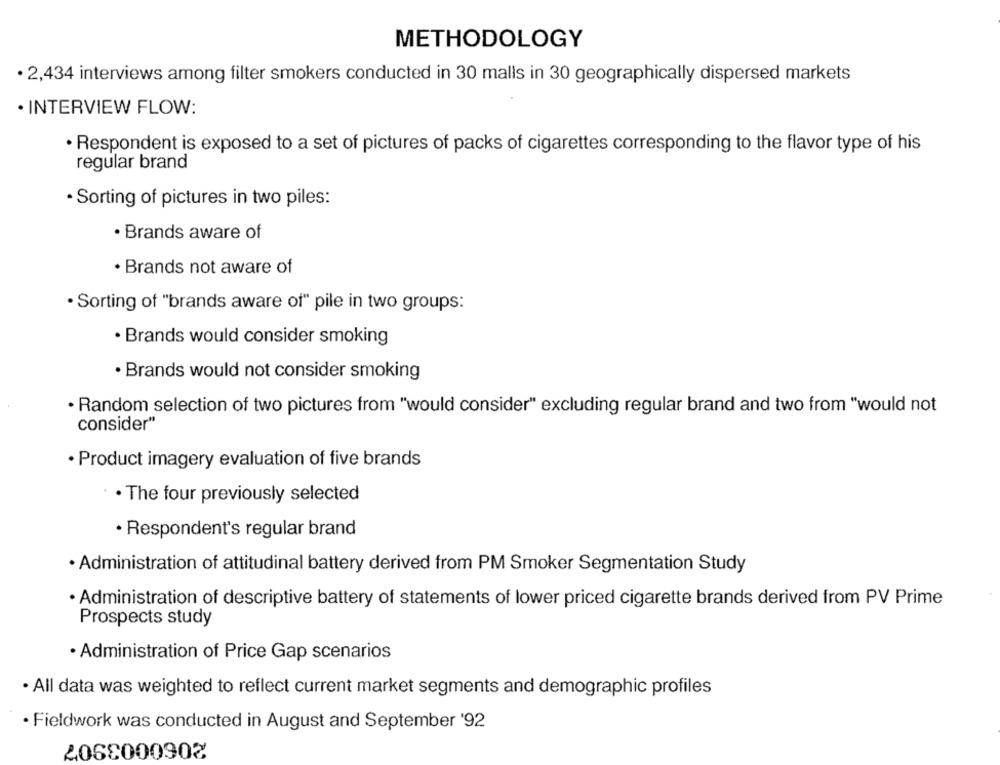
METHODOLOGY
· 2,434 interviews among filter smokers conducted in 30 malls in 30 geographically dispersed markets
· INTERVIEW FLOW:
· Respondent is exposed to a set of pictures of packs of cigarettes corresponding to the flavor type of his
regular brand
· Sorting of pictures in two piles:
· Brands aware of
· Brands not aware of
· Sorting of "brands aware of" pile in two groups:
· Brands would consider smoking
· Brands would not consider smoking
· Random selection of two pictures from "would consider" excluding regular brand and two from "would not
consider"
· Product imagery evaluation of five brands
. The four previously selected
· Respondent's regular brand
· Administration of attitudinal battery derived from PM Smoker Segmentation Study
· Administration of descriptive battery of statements of lower priced cigarette brands derived from PV Prime
Prospects study
· Administration of Price Gap scenarios
· All data was weighted to reflect current market segments and demographic profiles
· Fieldwork was conducted in August and September '92
2000000902